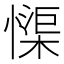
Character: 𱟏